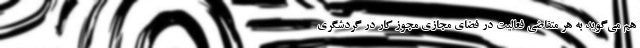
هم می‌گوید به هر متقاضی فعالیت در فضای مجازی مجوز کار در گردشگری